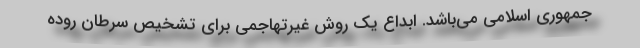
جمهوری اسلامی می‌باشد. ابداع یک روش غیرتهاجمی برای تشخیص سرطان روده